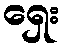
ရှေး